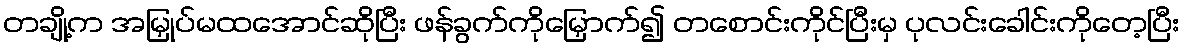
တချို့က အမြှုပ်မထအောင်ဆိုပြီး ဖန်ခွက်ကိုမြှောက်၍ တစောင်းကိုင်ပြီးမှ ပုလင်းခေါင်းကိုတေ့ပြီး